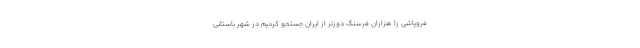
فروپاشی را هزاران فرسنگ دورتر از ایران جستجو کردیم در شهر باستانی